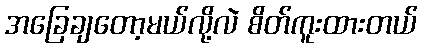
အခြေချတော့မယ်လို့လဲ စိတ်ကူးထားတယ်